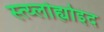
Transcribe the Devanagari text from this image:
स्त्य्लोह्योइद